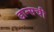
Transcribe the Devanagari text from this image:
डान्सची